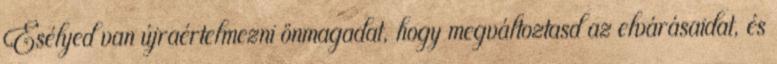
Esélyed van újraértelmezni önmagadat, hogy megváltoztasd az elvárásaidat, és